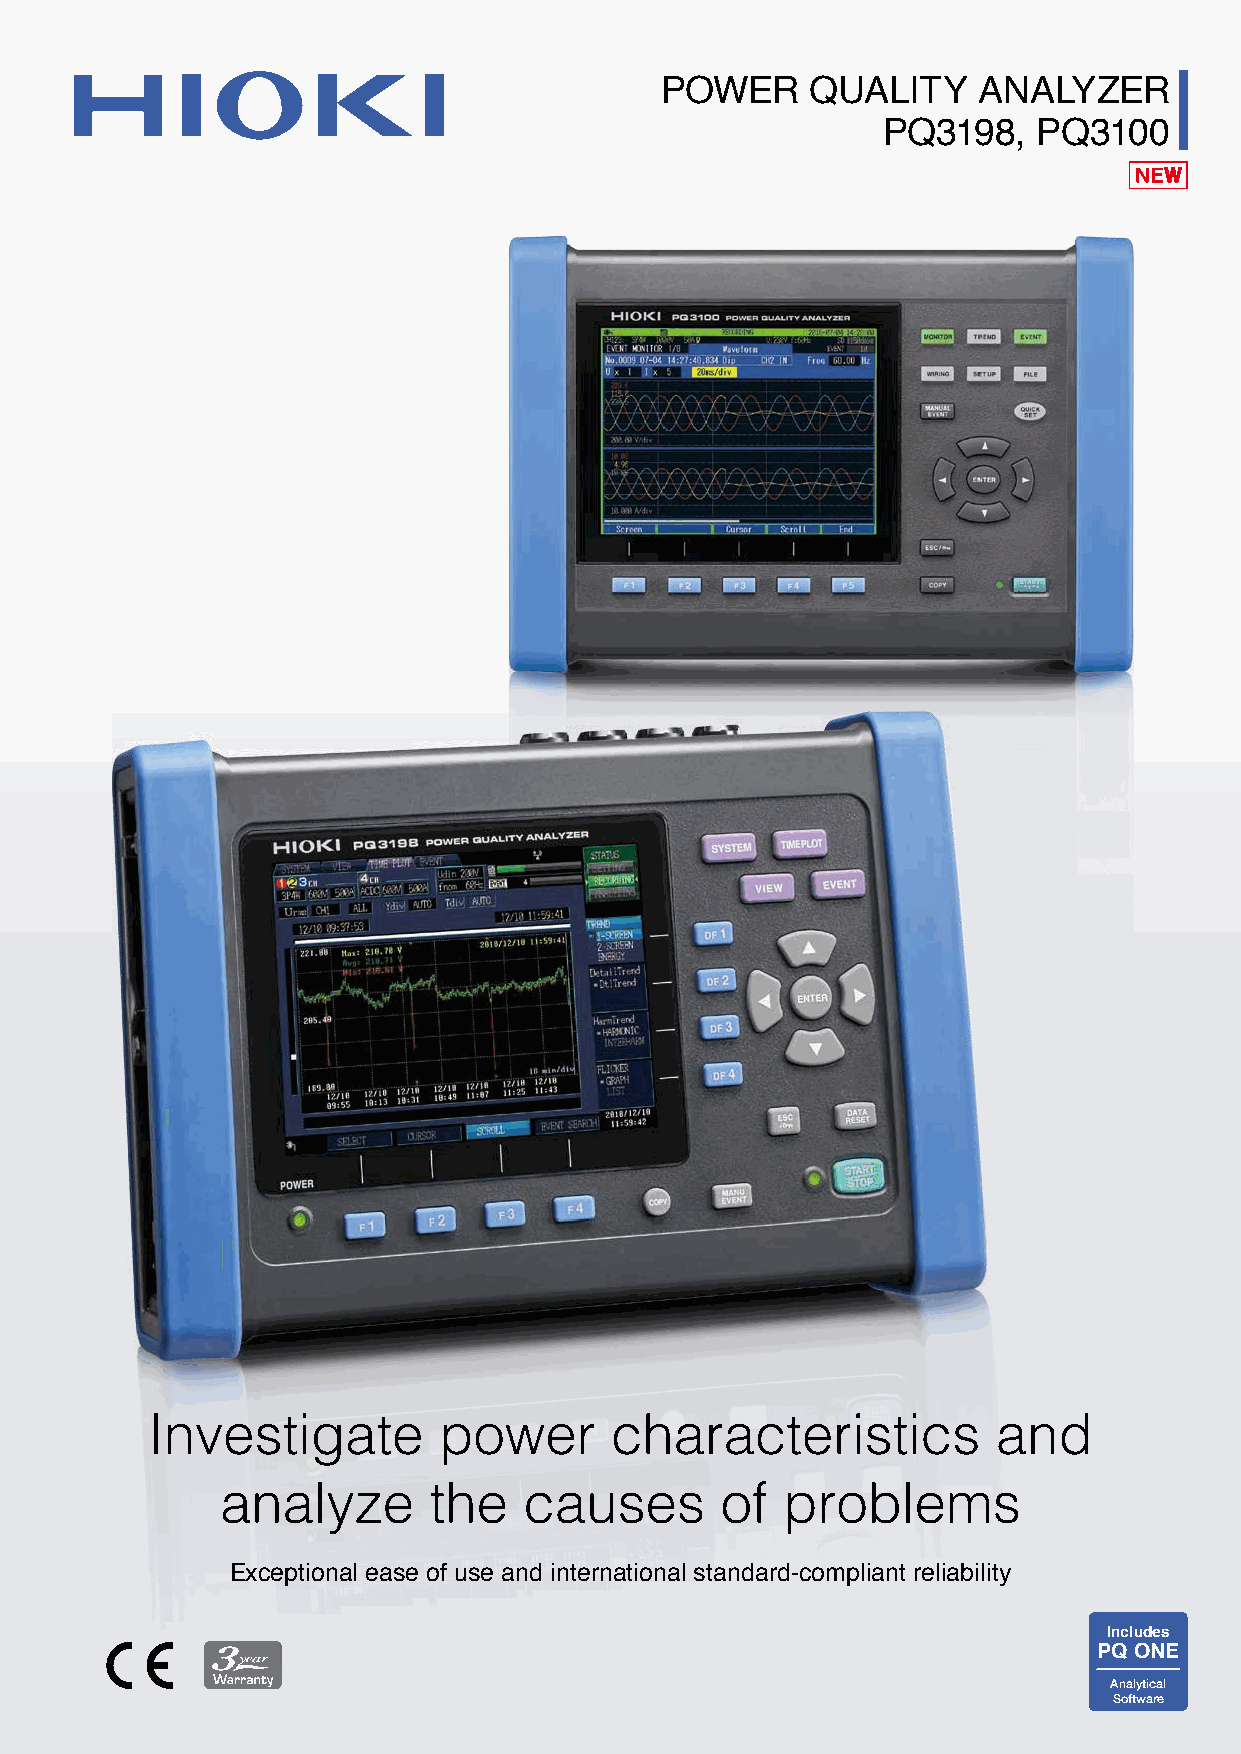
POWER     QUALITY    ANALYZER
 PQ3198,    PQ3100
 Investigate        power      characteristics           and
 analyze      the    causes       of  problems
 Exceptional ease of use and international standard-compliant reliability
 Includes
 PQ ONE
 Analytical
 Software